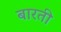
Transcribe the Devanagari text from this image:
बारती